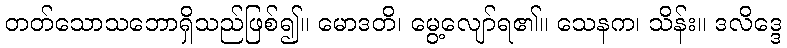
တတ်သောသဘောရှိသည်ဖြစ်၍။ မောဒတိ၊ မွေ့လျော်ရ၏။ သေနက၊ သိန်း။ ဒလိဒ္ဒေ